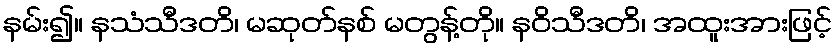
နမ်း၍။ နသံသီဒတိ၊ မဆုတ်နစ် မတွန့်တို။ နဝိသီဒတိ၊ အထူးအားဖြင့်